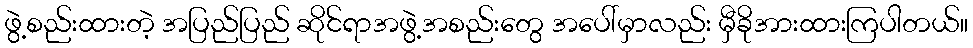
ဖွဲ့စည်းထားတဲ့ အပြည်ပြည် ဆိုင်ရာအဖွဲ့အစည်းတွေ အပေါ်မှာလည်း မှီခိုအားထားကြပါတယ်။